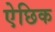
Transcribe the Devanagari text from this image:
ऐछिक